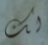
لك